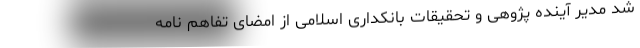
شد مدیر آینده پژوهی و تحقیقات بانکداری اسلامی از امضای تفاهم نامه